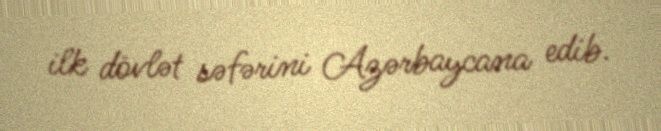
ilk dövlət səfərini Azərbaycana edib.